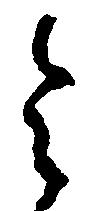
令